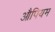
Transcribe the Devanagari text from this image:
औपियम